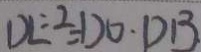
D E \div 2 = D O \cdot D B